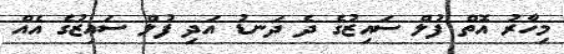
މިހާރު އޮތް ފުލް ސައިޒުގެ ދެ ދަނޑު އަދި ފުލް ސައިޒުގެ އެއް